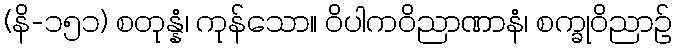
(နိ-၁၅၁) စတုန္နံ၊ ကုန်သော။ ဝိပါကဝိညာဏာနံ၊ စက္ခုဝိညာဉ်